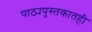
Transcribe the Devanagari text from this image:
पाठ्यपुस्तकातही